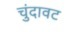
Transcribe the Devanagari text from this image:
चुंदावट